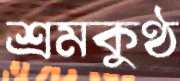
শ্রমকুণ্ঠ